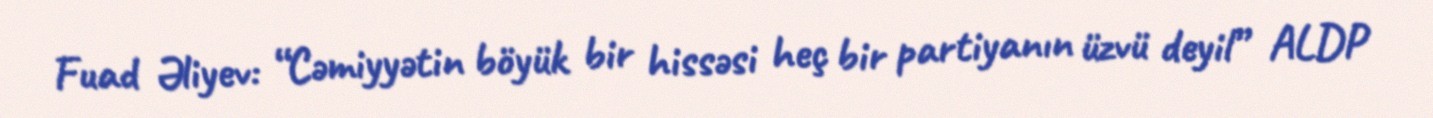
Fuad Əliyev: “Cəmiyyətin böyük bir hissəsi heç bir partiyanın üzvü deyil” ALDP